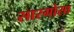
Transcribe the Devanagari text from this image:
सारगोसा